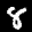
Label: 8